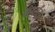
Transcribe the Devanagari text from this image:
कार्रारा